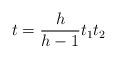
LaTeX: \begin{align*}t = \frac {h}{h-1} t_1t_2\end{align*}